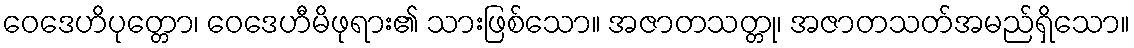
ဝေဒေဟိပုတ္တော၊ ဝေဒေဟီမိဖုရား၏ သားဖြစ်သော။ အဇာတသတ္တု၊ အဇာတသတ်အမည်ရှိသော။